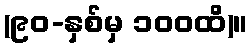
(၉၀-နှစ်မှ ၁၀၀ထိ)။